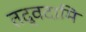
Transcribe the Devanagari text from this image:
तद्वदामि